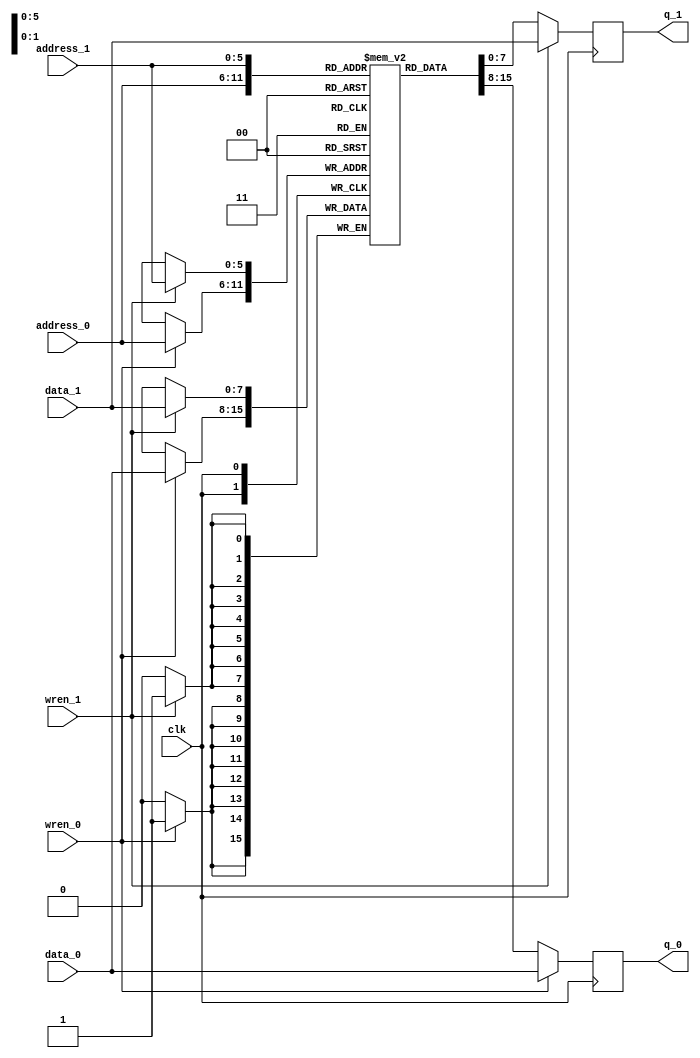
module ram_dual
       #(
         parameter WIDTH = 8,
         parameter DEPTH = 64
       )
       (
         input  wire                 clk,
         input  wire [WIDTH-1:0]     data_0,
         input  wire [WIDTH-1:0]     data_1,
         input  wire [$clog2(DEPTH)-1:0] address_0,
         input  wire [$clog2(DEPTH)-1:0] address_1,
         input  wire                 wren_0,
         input  wire                 wren_1,
         output reg  [WIDTH-1:0]     q_0,
         output reg  [WIDTH-1:0]     q_1
       );

reg [WIDTH-1:0] mem [0:DEPTH-1];

always @ (posedge clk)
  begin
    if (wren_0)
      begin
        mem[address_0] <= data_0;
        q_0 <= data_0;
      end
    else
      q_0 <= mem[address_0];
  end

always @ (posedge clk)
  begin
    if (wren_1)
      begin
        mem[address_1] <= data_1;
        q_1 <= data_1;
      end
    else
      q_1 <= mem[address_1];
  end

endmodule